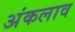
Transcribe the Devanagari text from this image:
अंकलाव